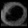
Digit: ၀